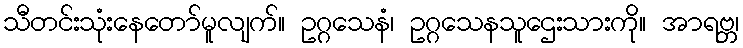
သီတင်းသုံးနေတော်မူလျက်။ ဥဂ္ဂသေနံ၊ ဥဂ္ဂသေနသူဌေးသားကို။ အာရဗ္ဘ၊